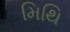
મિથિ